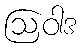
ဩဝါဒ